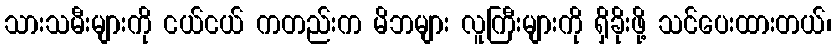
သားသမီးများကို ငယ်ငယ် ကတည်းက မိဘများ လူကြီးများကို ရှိခိုးဖို့ သင်ပေးထားတယ်၊